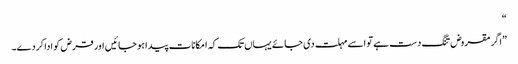
“
”اگر مقروض تنگ دست ہے تو اسے مہلت دی جائے یہاں تک کہ امکانات پیدا ہو جائیں اور قرض کو ادا کردے۔